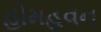
હોમહવન